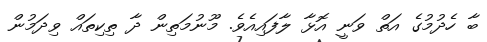
ބާ ހެދުމުގެ އަތް ވަނީ އޮޅާ ލާފައިއެވެ. މޫނުމަތިން ދާ ތިކިތައް ވިދަމުން